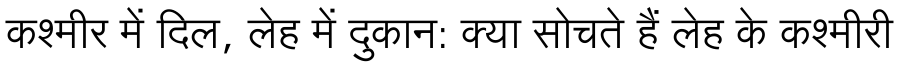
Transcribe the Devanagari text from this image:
कश्मीर में दिल, लेह में दुकान: क्या सोचते हैं लेह के कश्मीरी